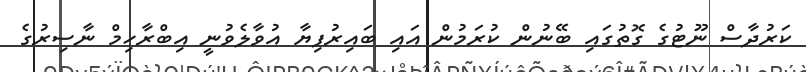
ކަރުދާސް ނޫޓުގެ ގޮތުގައި ބޭނުން ކުރަމުން އައި ބައިރުފިޔާ އުވާލެވުނީ އިބްރާހިމް ނާސިރުގެ